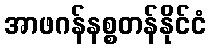
အာဖဂန်နစ္စတန်နိုင်ငံ